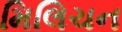
મિલિચન